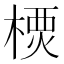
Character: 樮